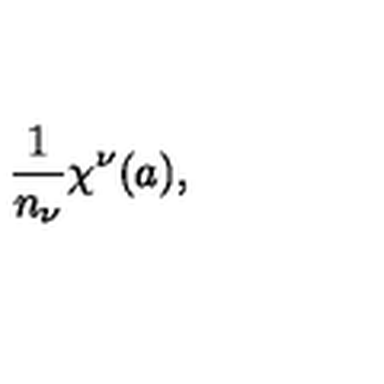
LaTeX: { \frac { 1 } { n _ { \nu } } } \chi ^ { \nu } ( a ) ,